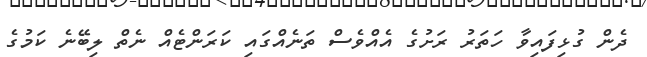
ދެން ގުޅިފައިވާ ހަތަރު ރަށުގެ އެއްވެސް ތަނެއްގައި ކަރަންޓެއް ނެތް ލިބޭނެ ކަމުގެ